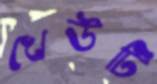
খেউটি